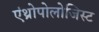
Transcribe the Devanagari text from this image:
एंथ्रोपोलोजिस्ट